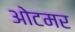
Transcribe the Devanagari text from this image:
ओटमर